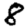
Digit: 8